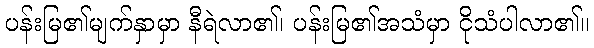
ပန်းမြ၏မျက်နှာမှာ နီရဲလာ၏၊ ပန်းမြ၏အသံမှာ ငိုသံပါလာ၏။